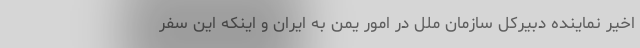
اخیر نماینده دبیرکل سازمان ملل در امور یمن به ایران و اینکه این سفر